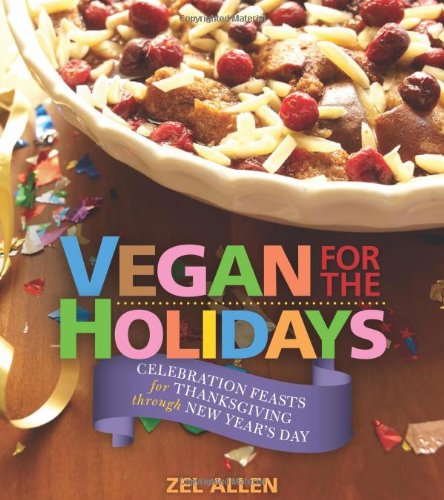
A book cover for Vegan for the Holidays: Celebration Feasts for Thanksgiving Through New Year's Day; Zel Allen; Cookbooks, Food & Wine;